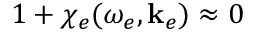
1 + \chi _ { e } ( \omega _ { e } , \mathbf { k } _ { e } ) \approx 0